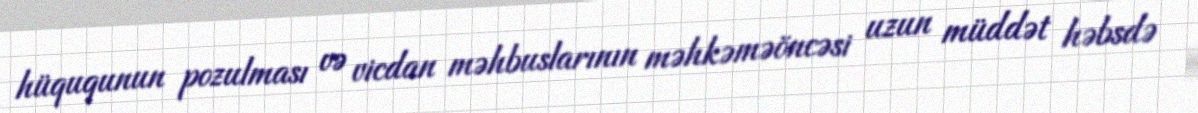
hüququnun pozulması və vicdan məhbuslarının məhkəməöncəsi uzun müddət həbsdə